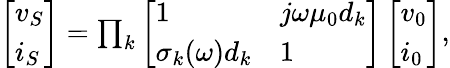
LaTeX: \begin{array}{r}{\left[\begin{array}{l}{v_{S}}\\ {i_{S}}\end{array}\right]=\prod_{k}\left[\begin{array}{ll}{1}&{j\omega\mu_{0}d_{k}}\\ {\sigma_{k}(\omega)d_{k}}&{1}\end{array}\right]\left[\begin{array}{l}{v_{0}}\\ {i_{0}}\end{array}\right],}\end{array}